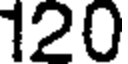
120